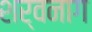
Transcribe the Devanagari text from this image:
शर्वनाग